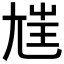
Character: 𡯭